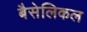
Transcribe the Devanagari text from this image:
बैसेलिकल